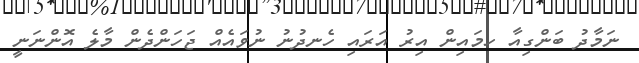
ނަމާދު ބަންގިއާ ހމައިން އިރު އަރަައި ހެނދުނު ނުވައެއް ޖަހަންދެން މާލެ އޮންނަނީ